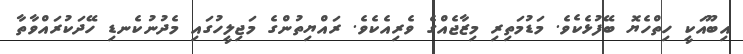
އިބޫއަކީ ހިތްހެޔޮ ބޭފުޅެކެވެ. މަޑުމަތިރި މިޒާޖެއްގެ ވެރިއެކެވެ. ރައްޔިތުންގެ މަޖިލީހުގައި މެދުނުކެނޑި ހޭދަކުރައްވާތާ